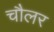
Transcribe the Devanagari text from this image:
चौलर